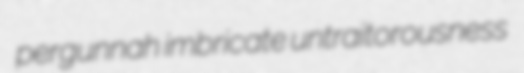
pergunnah imbricate untraitorousness